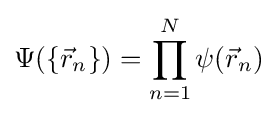
\Psi (\left\{{\vec {r}}_{n}\right\})=\prod _{n=1}^{N}\psi ({\vec {r}}_{n})